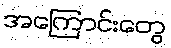
အကြောင်းတွေ